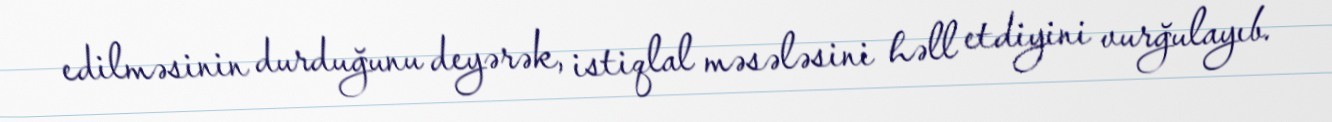
edilməsinin durduğunu deyərək, istiqlal məsələsini həll etdiyini vurğulayıb.